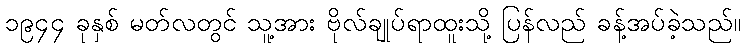
၁၉၄၄ ခုနှစ် မတ်လတွင် သူ့အား ဗိုလ်ချုပ်ရာထူးသို့ ပြန်လည် ခန့်အပ်ခဲ့သည်။